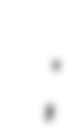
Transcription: مكرم عبيد باشا;